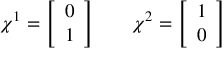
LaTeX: \chi ^ { 1 } = { \left[ \begin{array} { l } { 0 } \\ { 1 } \end{array} \right] } \quad \quad \chi ^ { 2 } = { \left[ \begin{array} { l } { 1 } \\ { 0 } \end{array} \right] }